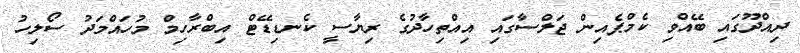
ދިއްދޫގައި ބޭއްވި ކެމްޕެއިން ޖަލްސާގައި އިއްތިހާދުގެ ރިޔާސީ ކެނޑިޑޭޓް އިބްރާހިމް މުހައްމަދު ސޯލިހު